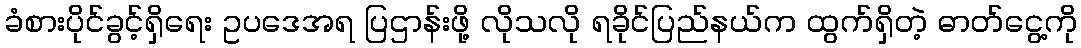
ခံစားပိုင်ခွင့်ရှိရေး ဥပဒေအရ ပြဌာန်းဖို့ လိုသလို ရခိုင်ပြည်နယ်က ထွက်ရှိတဲ့ ဓာတ်ငွေ့ကို